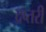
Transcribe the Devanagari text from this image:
दप्तरी